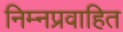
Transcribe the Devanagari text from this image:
निम्नप्रवाहित